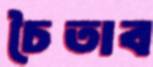
চৈতাব